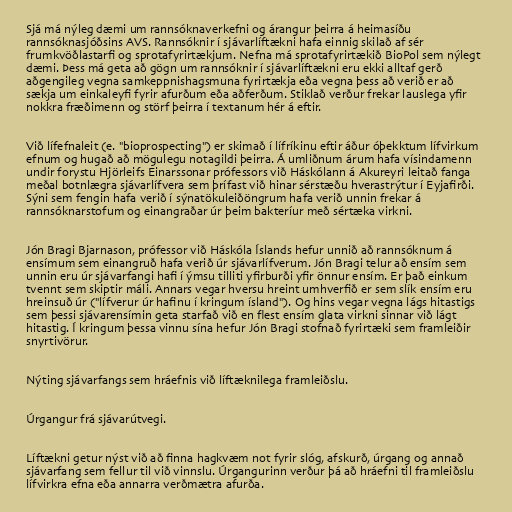
Sjá má nýleg dæmi um rannsóknaverkefni og árangur þeirra á heimasíðu
rannsóknasjóðsins AVS. Rannsóknir í sjávarlíftækni hafa einnig skilað af sér
frumkvöðlastarfi og sprotafyrirtækjum. Nefna má sprotafyrirtækið BioPol sem nýlegt
dæmi. Þess má geta að gögn um rannsóknir í sjávarlíftækni eru ekki alltaf gerð
aðgengileg vegna samkeppnishagsmuna fyrirtækja eða vegna þess að verið er að
sækja um einkaleyfi fyrir afurðum eða aðferðum. Stiklað verður frekar lauslega yfir
nokkra fræðimenn og störf þeirra í textanum hér á eftir.

Við lífefnaleit (e. "bioprospecting") er skimað í lífríkinu eftir áður óþekktum lífvirkum
efnum og hugað að mögulegu notagildi þeirra. Á umliðnum árum hafa vísindamenn
undir forystu Hjörleifs Einarssonar prófessors við Háskólann á Akureyri leitað fanga
meðal botnlægra sjávarlífvera sem þrífast við hinar sérstæðu hverastrýtur í Eyjafirði.
Sýni sem fengin hafa verið í sýnatökuleiðöngrum hafa verið unnin frekar á
rannsóknarstofum og einangraðar úr þeim bakteríur með sértæka virkni.

Jón Bragi Bjarnason, prófessor við Háskóla Íslands hefur unnið að rannsóknum á
ensímum sem einangruð hafa verið úr sjávarlífverum. Jón Bragi telur að ensím sem
unnin eru úr sjávarfangi hafi í ýmsu tilliti yfirburði yfir önnur ensím. Er það einkum
tvennt sem skiptir máli. Annars vegar hversu hreint umhverfið er sem slík ensím eru
hreinsuð úr ("lífverur úr hafinu í kringum ísland"). Og hins vegar vegna lágs hitastigs
sem þessi sjávarensímin geta starfað við en flest ensím glata virkni sinnar við lágt
hitastig. Í kringum þessa vinnu sína hefur Jón Bragi stofnað fyrirtæki sem framleiðir
snyrtivörur.

Nýting sjávarfangs sem hráefnis við líftæknilega framleiðslu.

Úrgangur frá sjávarútvegi.

Líftækni getur nýst við að finna hagkvæm not fyrir slóg, afskurð, úrgang og annað
sjávarfang sem fellur til við vinnslu. Úrgangurinn verður þá að hráefni til framleiðslu
lífvirkra efna eða annarra verðmætra afurða.